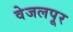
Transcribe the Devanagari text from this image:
वेजलपूर